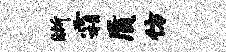
晰霜质仿